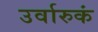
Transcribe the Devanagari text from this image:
उर्वारुकं